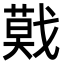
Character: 𢨃